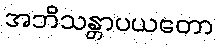
အဘိသန္တာပယတော